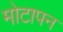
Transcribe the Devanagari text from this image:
मोटापन